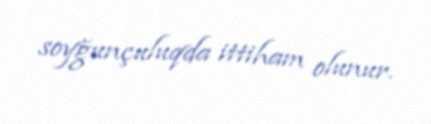
soyğunçuluqda ittiham olunur.